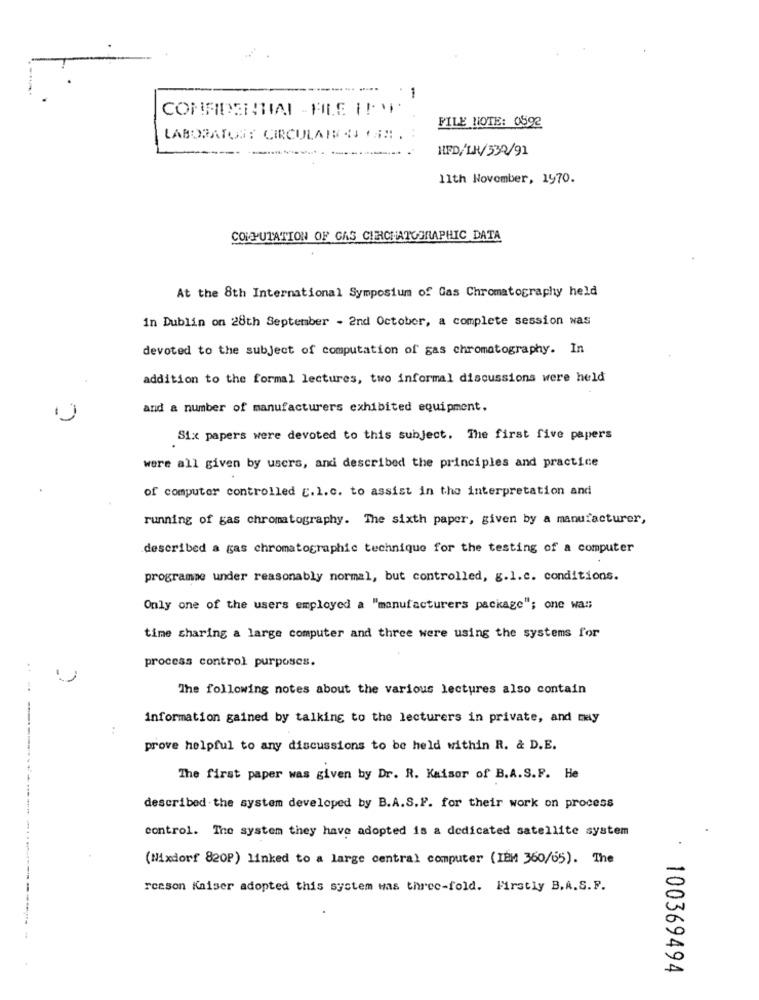
1
FILE NOTE: 0592
LABORATOSE CIRCOLARE .. . HM . :
HFD/LR/332/91
11th November, 1970.
COMPUTATION OF GAS CIRCHATOTRAPHIC DATA
At the 8th International Symposium of Gas Chromatography held
in Dublin on 28th September - 2nd October, a complete session was
devoted to the subject of computation of gas chromatography. In
addition to the formal lectures, two informal discussions were held
and a number of manufacturers exhibited equipment.
Six papers were devoted to this subject. The first five papers
were all given by users, and described the principles and practice
of computer controlled [.1.c. to assist in the interpretation and
running of gas chromatography. The sixth paper, given by a manufacturer,
described a gas chromatographie technique for the testing of a computer
programme under reasonably normal, but controlled, g.1.c. conditions.
Only one of the users employed a "manufacturers package"; one was
time sharing a large computer and three were using the systems for
process control purposes.
The following notes about the various lectures also contain
information gained by talking to the lecturers in private, and may
prove helpful to any discussions to be held within R. & D.E.
The first paper was given by Dr. R. Kaisor of B.A.S.P. He
described the system developed by B.A.S.F. for their work on process
control. The system they have adopted is a dedicated satellite system
(Nixdorf 820P) linked to a large central computer ( IBM 360/65). The
reason Kaiser adopted this system Has three-fold. Firstly B.A.S.F.
------------- -------------
100369494